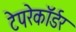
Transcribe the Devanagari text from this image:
टेपरेकॉर्डर